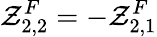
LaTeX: \mathcal{Z}_{2,2}^{F}=-\mathcal{Z}_{2,1}^{F}